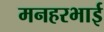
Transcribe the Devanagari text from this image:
मनहरभाई